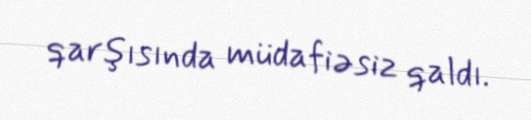
qarşısında müdafiəsiz qaldı.